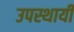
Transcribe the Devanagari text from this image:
उपस्थायी